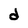
Character: d